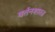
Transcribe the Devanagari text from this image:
वर्तनशास्त्र